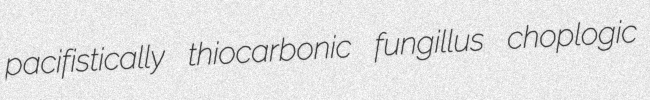
pacifistically thiocarbonic fungillus choplogic